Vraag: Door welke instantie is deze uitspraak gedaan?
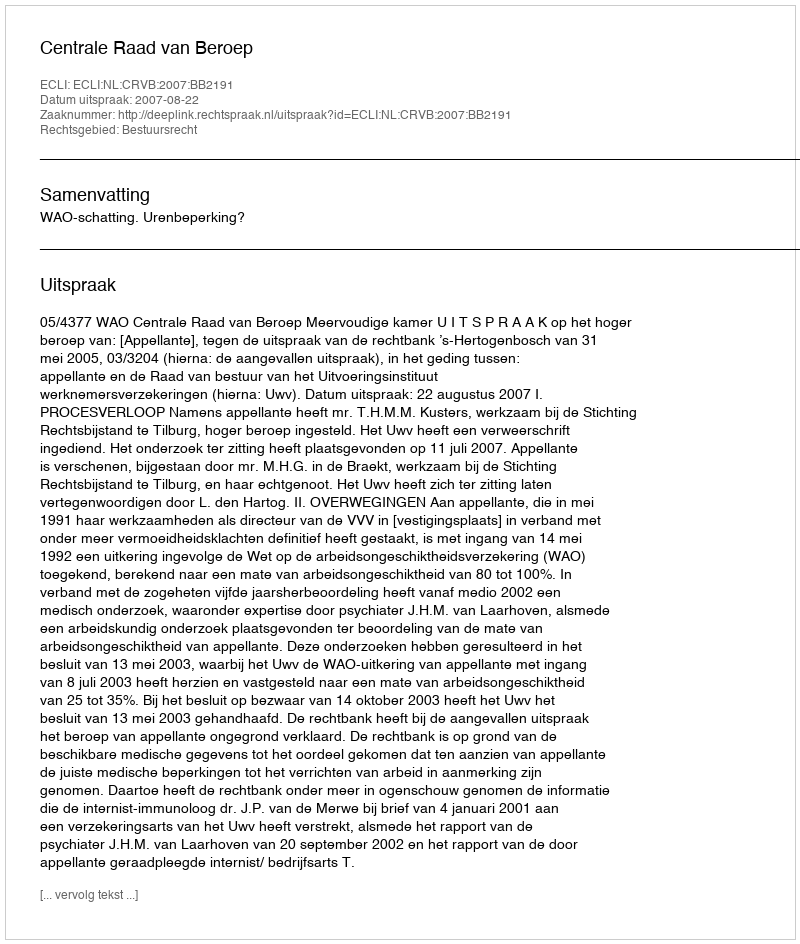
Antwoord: Centrale Raad van Beroep